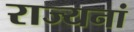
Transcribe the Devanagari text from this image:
राज्यनां